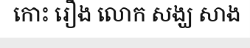
កោះ រឿង លោក សង្ឃ សាង